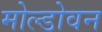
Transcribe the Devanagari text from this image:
मोल्डोवन